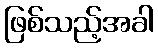
ဖြစ်သည့်အခါ